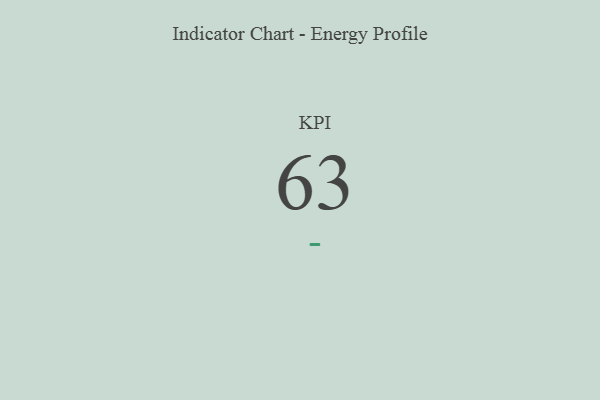
{"axis": {"x": "KPI", "y": "Value"}, "legend": [""], "data": [{"x": "KPI", "y": 63, "type": ""}]}